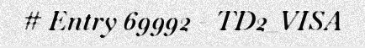
# Entry 69992 - TD2_VISA